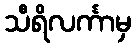
သီရိလင်္ကာမှ